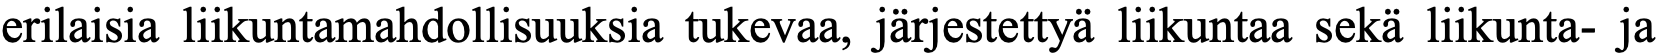
erilaisia liikuntamahdollisuuksia tukevaa, järjestettyä liikuntaa sekä liikunta- ja